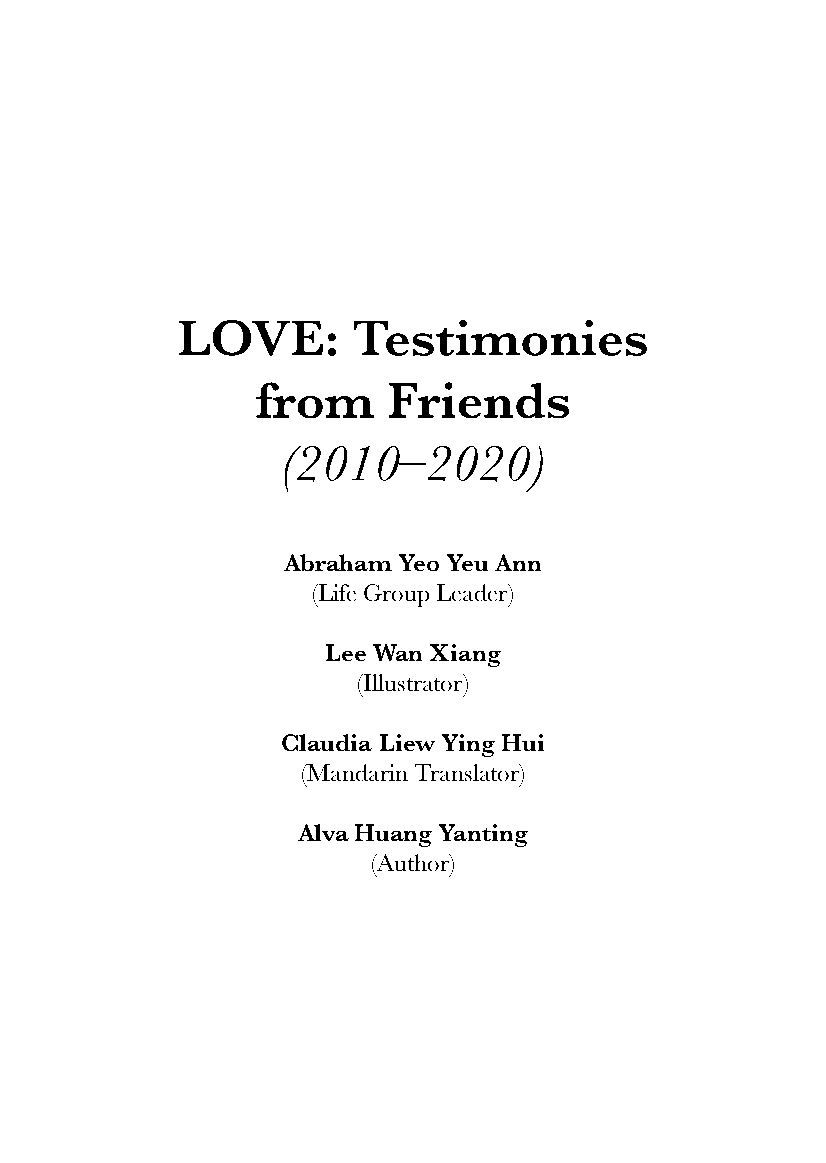
LOVE:      Testimonies
 from     Friends
 (2010–2020)
 Abraham Yeo Yeu Ann
 (Life Group Leader)
 Lee Wan Xiang
 (Illustrator)
 Claudia Liew Ying Hui
 (Mandarin Translator)
 Alva Huang Yanting
 (Author)